Lunatic asylums in Bengal annual reports 1899-1911 - 1899-1911
Year: 1899
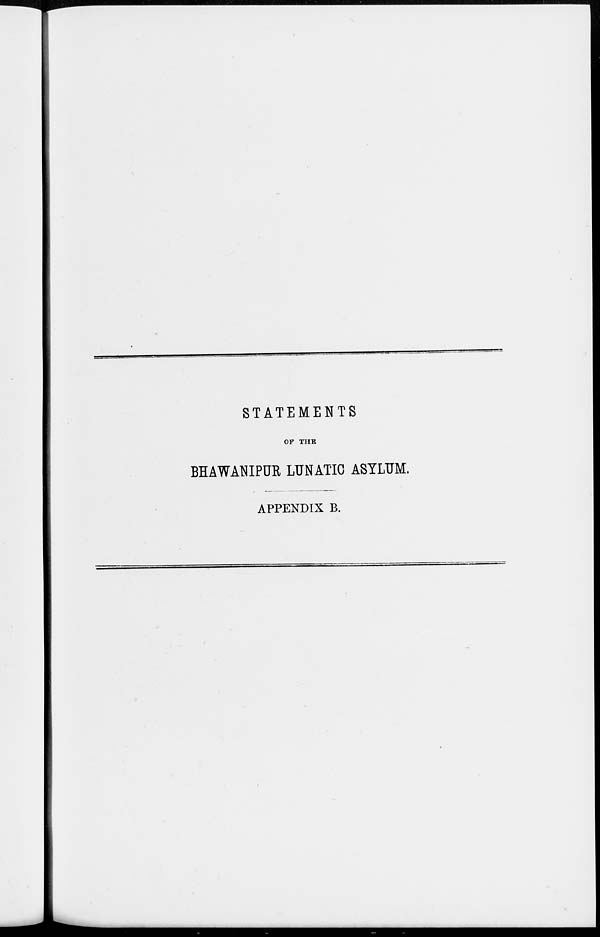
STATEMENTS
OF THE
BHAWANIPUR LUNATIC ASYLUM.
APPENDIX B.